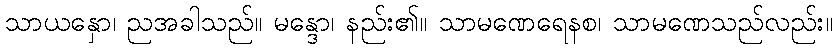
သာယနှော၊ ညအခါသည်။ မန္ဒော၊ နည်း၏။ သာမဏေရေနစ၊ သာမဏေသည်လည်း။